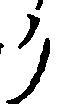
リ